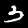
Label: 3